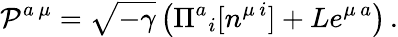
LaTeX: {\cal P}^{a\, \mu}=\sqrt{-\gamma}\left(\Pi^{a}{}_{i}[n^{\mu\, i}]+Le^{\mu\, a}\right)\, .